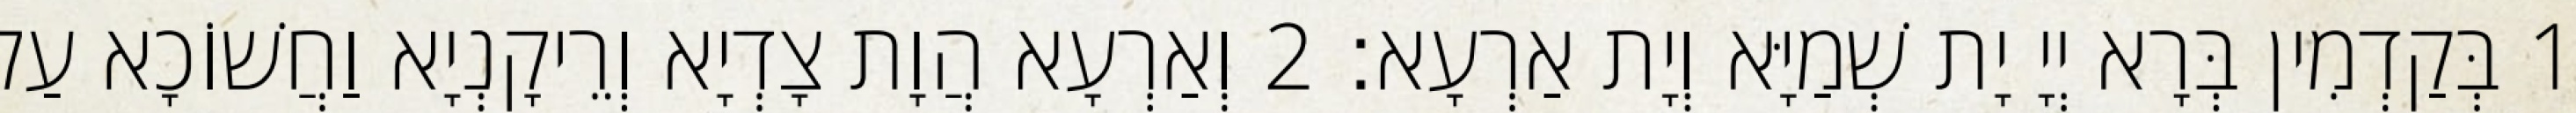
1 בְּקַדְמִין בְּרָא יְיָ יָת שְׁמַיָּא וְיָת אַרְעָא׃ 2 וְאַרְעָא הֲוָת צָדְיָא וְרֵיקָנְיָא וַחֲשׁוֹכָא עַל